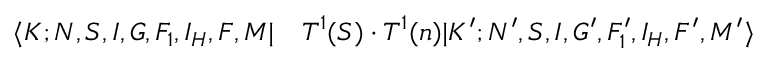
\begin{array} { r l } { \langle K ; N , S , I , G , F _ { 1 } , I _ { H } , F , M | } & { { } T ^ { 1 } ( S ) \cdot T ^ { 1 } ( n ) | K ^ { \prime } ; N ^ { \prime } , S , I , G ^ { \prime } , F _ { 1 } ^ { \prime } , I _ { H } , F ^ { \prime } , M ^ { \prime } \rangle } \end{array}